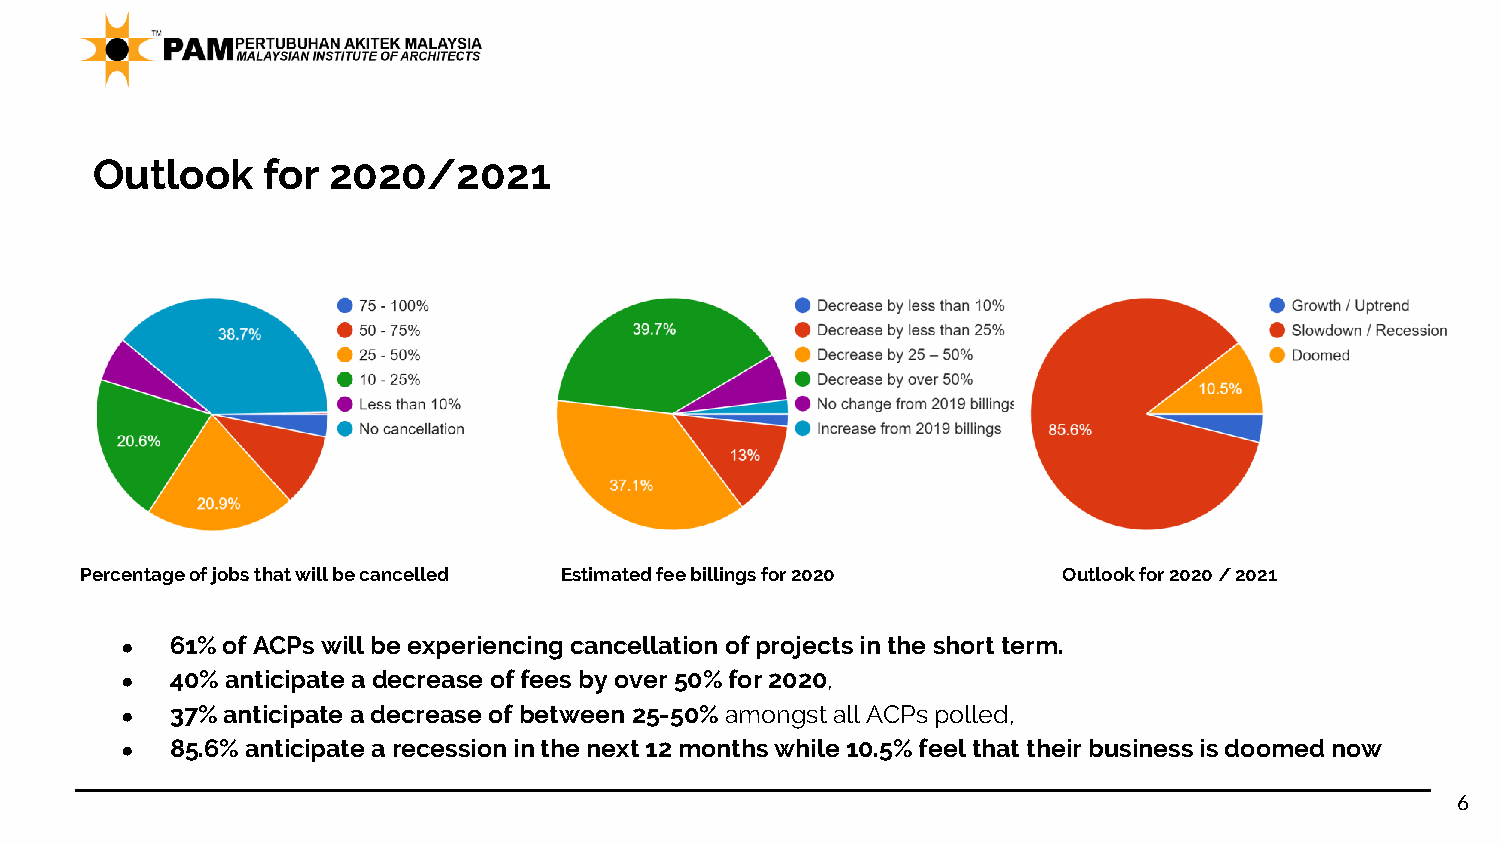
Outlook    for  2020/2021
 Percentage of jobs that will be cancelled Estimated fee billings for 2020 Outlook for 2020 / 2021
 ●  61%ofACPs willbe experiencing cancellationofprojectsinthe shortterm.
 ●  40%anticipate adecrease offees byover50%for2020,
 ●  37%anticipate adecrease ofbetween 25-50% amongstallACPs polled,
 ●  85.6%anticipate arecessioninthe next12months while10.5%feelthat theirbusinessisdoomednow
 6